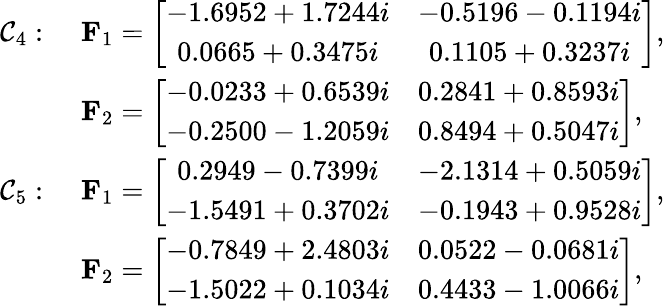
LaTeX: \begin{array}{rl}{\mathcal{C}_{4}:\, \, }&{\mathbf{F}_{1}=\left[\begin{array}{cc}{-1.6952+1.7244i}&{-0.5196-0.1194i}\\ {0.0665+0.3475i}&{0.1105+0.3237i}\end{array}\right],}\\ &{\mathbf{F}_{2}=\left[\begin{array}{cc}{-0.0233+0.6539i}&{0.2841+0.8593i}\\ {-0.2500-1.2059i}&{0.8494+0.5047i}\end{array}\right],}\\ {\mathcal{C}_{5}:\, \, }&{\mathbf{F}_{1}=\left[\begin{array}{cc}{0.2949-0.7399i}&{-2.1314+0.5059i}\\ {-1.5491+0.3702i}&{-0.1943+0.9528i}\end{array}\right],}\\ &{\mathbf{F}_{2}=\left[\begin{array}{cc}{-0.7849+2.4803i}&{0.0522-0.0681i}\\ {-1.5022+0.1034i}&{0.4433-1.0066i}\end{array}\right],}\end{array}